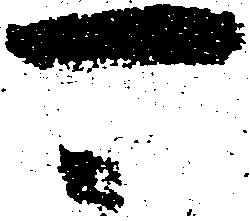
可